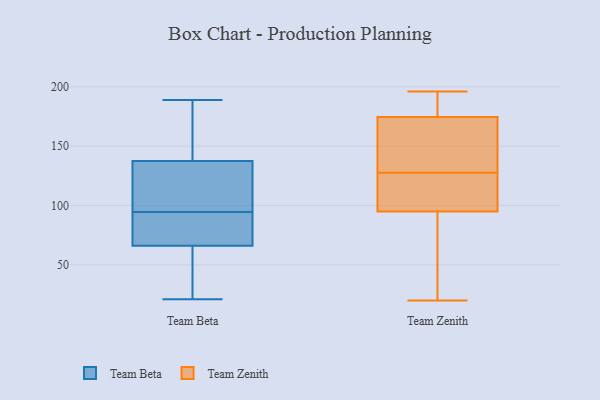
{"axis": {"x": "Energy Usage (MWh)", "y": "Value"}, "legend": ["Team Beta", "Team Zenith"], "data": [{"x": "", "y": 62, "type": "Team Beta"}, {"x": "", "y": 64, "type": "Team Beta"}, {"x": "", "y": 189, "type": "Team Beta"}, {"x": "", "y": 30, "type": "Team Beta"}, {"x": "", "y": 89, "type": "Team Beta"}, {"x": "", "y": 126, "type": "Team Beta"}, {"x": "", "y": 149, "type": "Team Beta"}, {"x": "", "y": 157, "type": "Team Beta"}, {"x": "", "y": 118, "type": "Team Beta"}, {"x": "", "y": 149, "type": "Team Beta"}, {"x": "", "y": 93, "type": "Team Beta"}, {"x": "", "y": 68, "type": "Team Beta"}, {"x": "", "y": 21, "type": "Team Beta"}, {"x": "", "y": 106, "type": "Team Beta"}, {"x": "", "y": 69, "type": "Team Beta"}, {"x": "", "y": 96, "type": "Team Beta"}, {"x": "", "y": 149, "type": "Team Zenith"}, {"x": "", "y": 57, "type": "Team Zenith"}, {"x": "", "y": 52, "type": "Team Zenith"}, {"x": "", "y": 196, "type": "Team Zenith"}, {"x": "", "y": 178, "type": "Team Zenith"}, {"x": "", "y": 103, "type": "Team Zenith"}, {"x": "", "y": 116, "type": "Team Zenith"}, {"x": "", "y": 125, "type": "Team Zenith"}, {"x": "", "y": 187, "type": "Team Zenith"}, {"x": "", "y": 157, "type": "Team Zenith"}, {"x": "", "y": 130, "type": "Team Zenith"}, {"x": "", "y": 20, "type": "Team Zenith"}, {"x": "", "y": 87, "type": "Team Zenith"}, {"x": "", "y": 110, "type": "Team Zenith"}, {"x": "", "y": 195, "type": "Team Zenith"}, {"x": "", "y": 171, "type": "Team Zenith"}]}